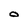
Character: o